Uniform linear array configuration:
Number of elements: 12
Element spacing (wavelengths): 1
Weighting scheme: cosine
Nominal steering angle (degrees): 45
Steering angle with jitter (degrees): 43.811
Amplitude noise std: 0.05
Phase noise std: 0.05

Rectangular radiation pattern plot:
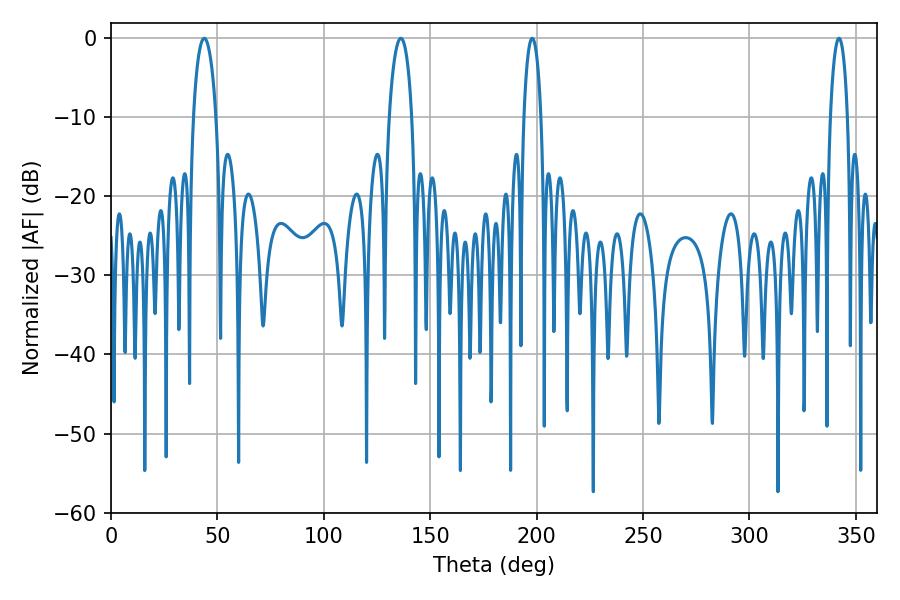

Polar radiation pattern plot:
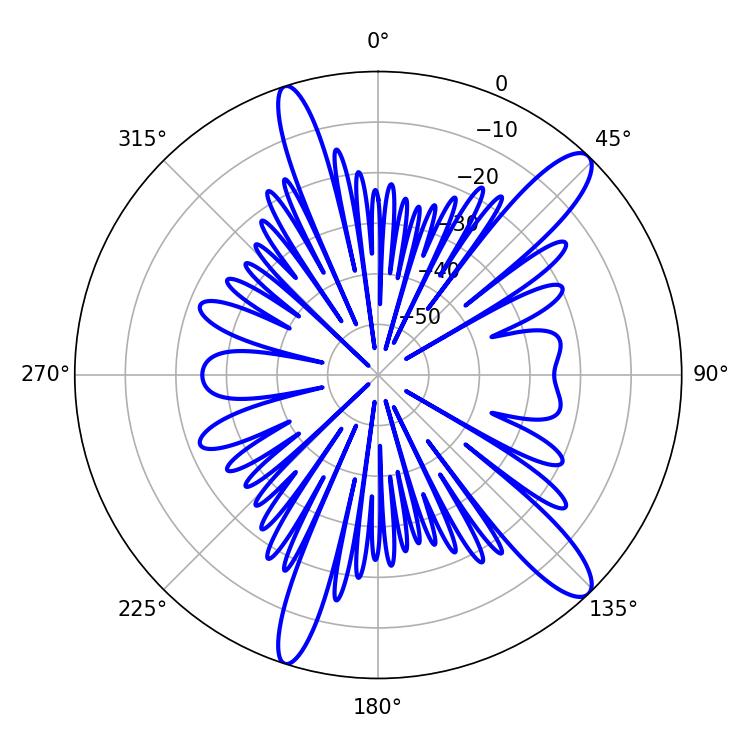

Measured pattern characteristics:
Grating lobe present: TRUE
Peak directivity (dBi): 12.707
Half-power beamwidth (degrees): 6.12
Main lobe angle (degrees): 43.74